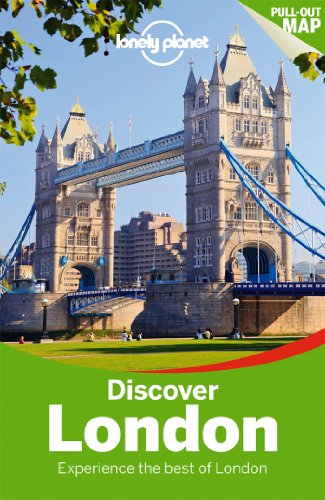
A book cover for Lonely Planet Discover London (Travel Guide); Lonely Planet; Travel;